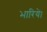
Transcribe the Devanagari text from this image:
भारिये।